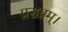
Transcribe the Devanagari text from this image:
प्रसन्नम्‌।